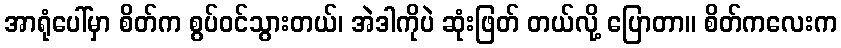
အာရုံပေါ်မှာ စိတ်က စွပ်ဝင်သွားတယ်၊ အဲဒါကိုပဲ ဆုံးဖြတ် တယ်လို့ ပြောတာ။ စိတ်ကလေးက